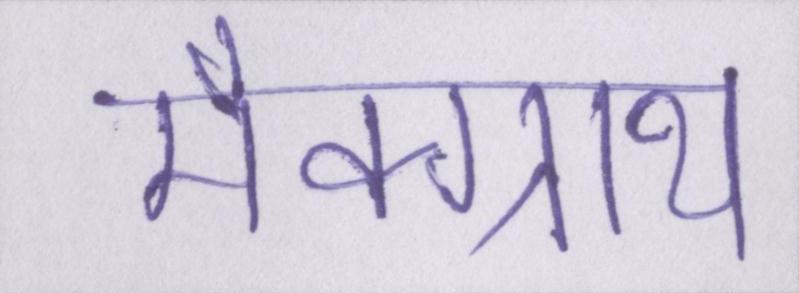
मैक्ग्राथ